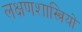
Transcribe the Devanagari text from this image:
लक्षणशास्त्रियों